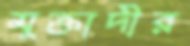
মুক্তাদীর